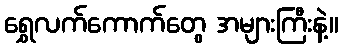
ရွှေလက်ကောက်တွေ အများကြီးနဲ့။